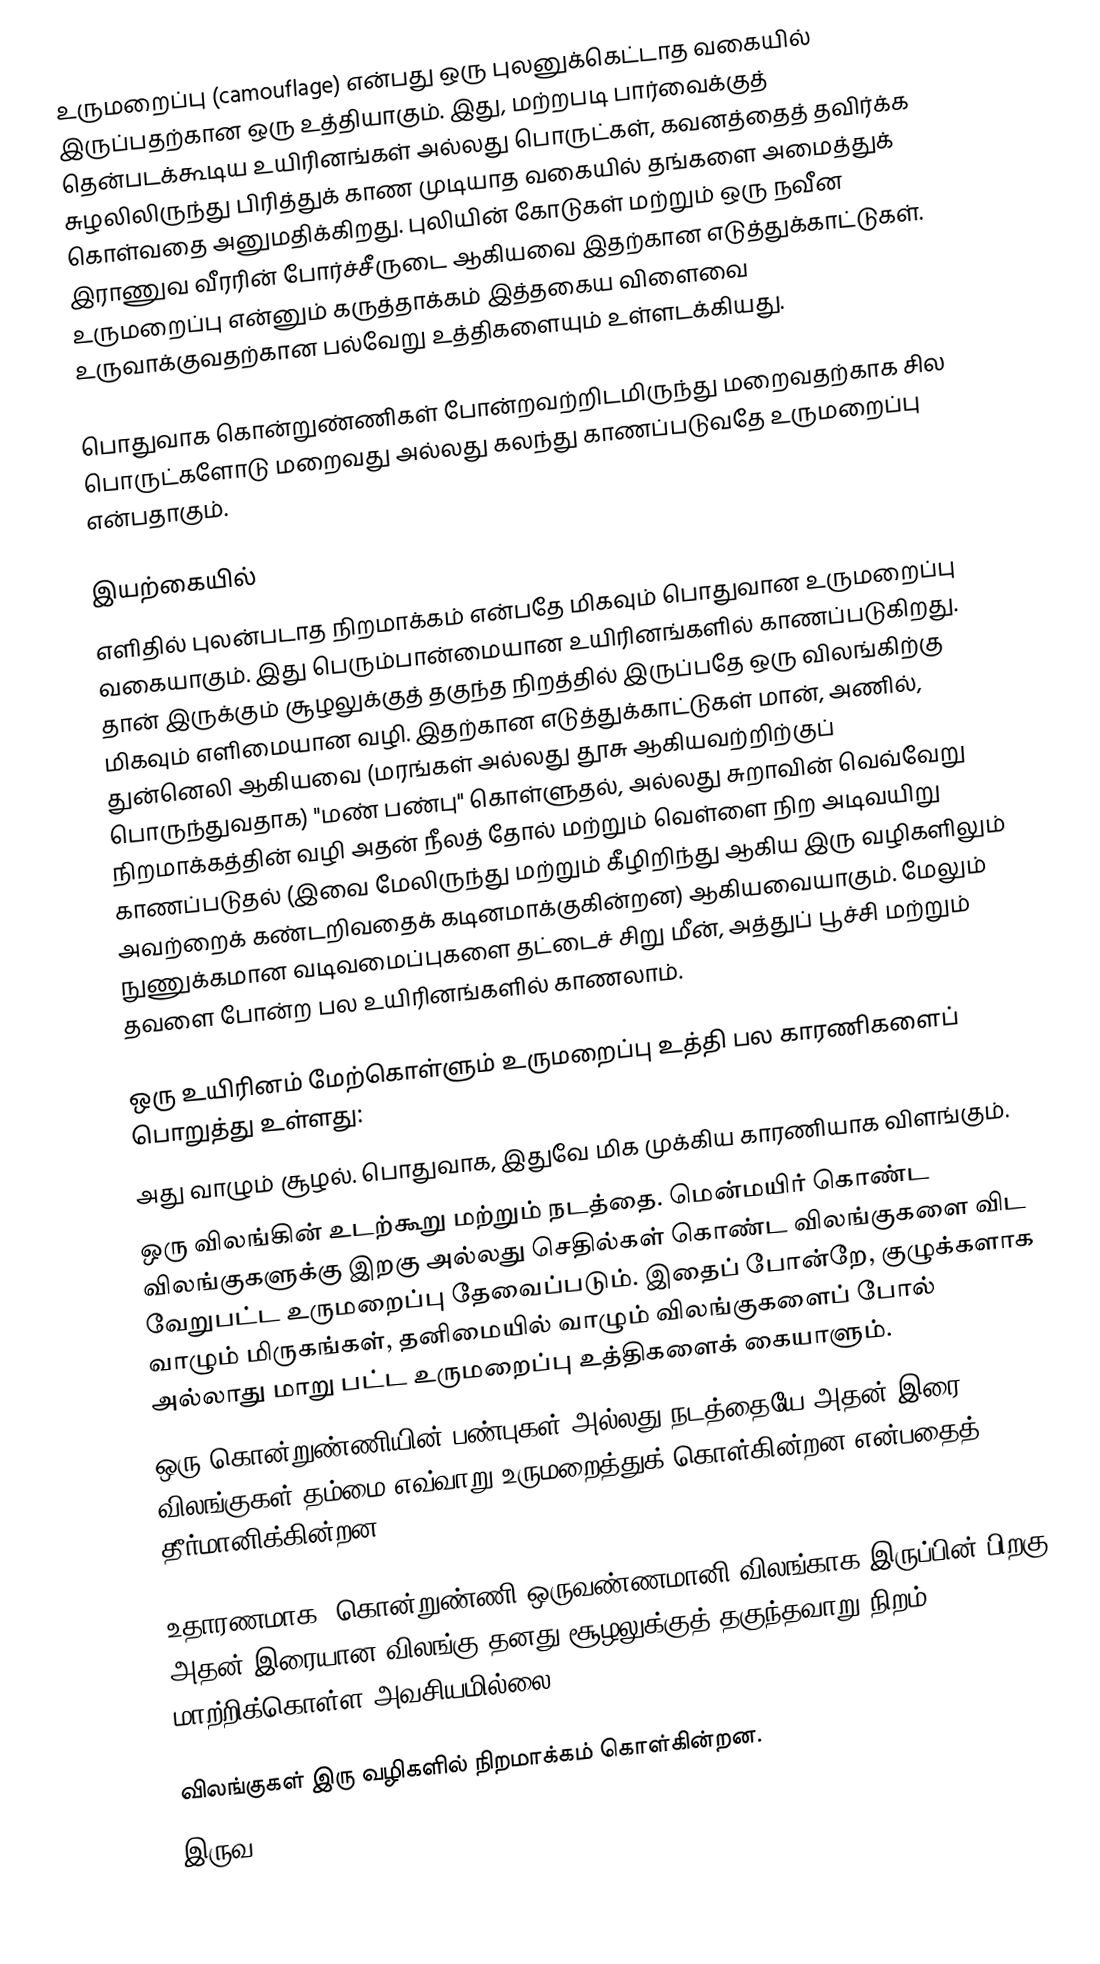
உருமறைப்பு (camouflage) என்பது ஒரு புலனுக்கெட்டாத வகையில் இருப்பதற்கான ஒரு உத்தியாகும். இது, மற்றபடி பார்வைக்குத் தென்படக்கூடிய உயிரினங்கள் அல்லது பொருட்கள், கவனத்தைத் தவிர்க்க சுழலிலிருந்து பிரித்துக் காண முடியாத வகையில் தங்களை அமைத்துக் கொள்வதை அனுமதிக்கிறது. புலியின் கோடுகள் மற்றும் ஒரு நவீன இராணுவ வீரரின் போர்ச்சீருடை ஆகியவை இதற்கான எடுத்துக்காட்டுகள். உருமறைப்பு என்னும் கருத்தாக்கம் இத்தகைய விளைவை உருவாக்குவதற்கான பல்வேறு உத்திகளையும் உள்ளடக்கியது.

பொதுவாக கொன்றுண்ணிகள் போன்றவற்றிடமிருந்து மறைவதற்காக சில பொருட்களோடு மறைவது அல்லது கலந்து காணப்படுவதே உருமறைப்பு என்பதாகும்.

இயற்கையில்
எளிதில் புலன்படாத நிறமாக்கம் என்பதே மிகவும் பொதுவான உருமறைப்பு வகையாகும். இது பெரும்பான்மையான உயிரினங்களில் காணப்படுகிறது. தான் இருக்கும் சூழலுக்குத் தகுந்த நிறத்தில் இருப்பதே ஒரு விலங்கிற்கு மிகவும் எளிமையான வழி. இதற்கான எடுத்துக்காட்டுகள் மான், அணில், துன்னெலி ஆகியவை (மரங்கள் அல்லது தூசு ஆகியவற்றிற்குப் பொருந்துவதாக) "மண் பண்பு" கொள்ளுதல், அல்லது சுறாவின் வெவ்வேறு நிறமாக்கத்தின் வழி அதன் நீலத் தோல் மற்றும் வெள்ளை நிற அடிவயிறு காணப்படுதல் (இவை மேலிருந்து மற்றும் கீழிறிந்து ஆகிய இரு வழிகளிலும் அவற்றைக் கண்டறிவதைக் கடினமாக்குகின்றன) ஆகியவையாகும். மேலும் நுணுக்கமான வடிவமைப்புகளை தட்டைச் சிறு மீன், அத்துப் பூச்சி மற்றும் தவளை போன்ற பல உயிரினங்களில் காணலாம்.

ஒரு உயிரினம் மேற்கொள்ளும் உருமறைப்பு உத்தி பல காரணிகளைப் பொறுத்து உள்ளது:
அது வாழும் சூழல். பொதுவாக, இதுவே மிக முக்கிய காரணியாக விளங்கும்.
ஒரு விலங்கின் உடற்கூறு மற்றும் நடத்தை. மென்மயிர் கொண்ட விலங்குகளுக்கு இறகு அல்லது செதில்கள் கொண்ட விலங்குகளை விட வேறுபட்ட உருமறைப்பு தேவைப்படும். இதைப் போன்றே, குழுக்களாக வாழும் மிருகங்கள், தனிமையில் வாழும் விலங்குகளைப் போல் அல்லாது மாறு பட்ட உருமறைப்பு உத்திகளைக் கையாளும்.
 ஒரு கொன்றுண்ணியின் பண்புகள் அல்லது நடத்தையே அதன் இரை விலங்குகள் தம்மை எவ்வாறு உருமறைத்துக் கொள்கின்றன என்பதைத் தீர்மானிக்கின்றன.

உதாரணமாக. கொன்றுண்ணி ஒருவண்ணமானி விலங்காக இருப்பின் பிறகு அதன் இரையான விலங்கு தனது சூழலுக்குத் தகுந்தவாறு நிறம் மாற்றிக்கொள்ள அவசியமில்லை.

விலங்குகள் இரு வழிகளில் நிறமாக்கம் கொள்கின்றன.
 இருவ